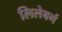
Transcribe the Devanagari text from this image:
लिलेबर्ग